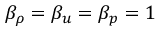
\beta _ { \rho } = \beta _ { u } = \beta _ { p } = 1